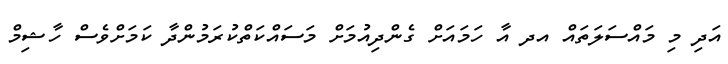
އަދި މި މައްސަލަތައް އދ އާ ހަމައަށް ގެންދިއުމަށް މަސައްކަތްކުރަމުންދާ ކަމަށްވެސް ހާޝިމް